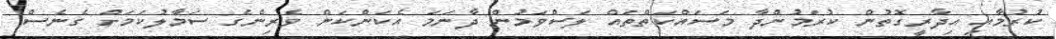
ކުރުމާއި އިދާރީގޮތުން ކުރަމުންދާ މަސައްކަތްތައް ލަސްވަމުން ދާނަމަ އެކަންކަން ވެރިންގެ ސަމާލުކަމަށް ގެނެސް